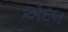
એદલ